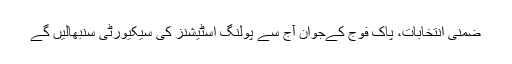
ضمنی انتخابات، پاک فوج کےجوان آج سے پولنگ اسٹیشنز کی سیکیورٹی سنبھالیں گے